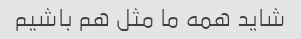
شاید همه ما مثل هم باشیم